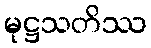
မုဋ္ဌသတိဿ